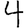
Digit: 4